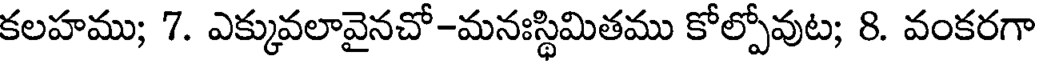
కలహము; 7. ఎక్కువలావైనచో-మనఃస్థిమితము కోల్పోవుట; 8. వంకరగా